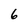
Character: 6